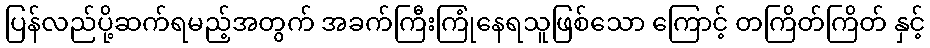
ပြန်လည်ပို့ဆက်ရမည့်အတွက် အခက်ကြီးကြုံနေရသူဖြစ်သော ကြောင့် တကြိတ်ကြိတ် နှင့်